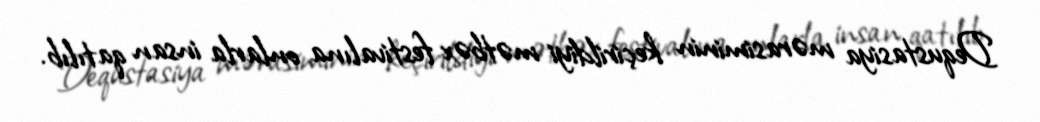
Dequstasiya mərasiminin keçirildiyi mətbəx festivalına onlarla insan qatılıb.